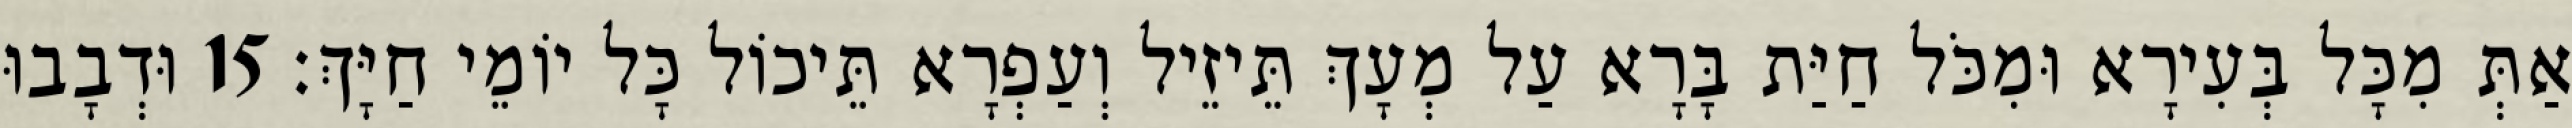
אַתְּ מִכָּל בְּעִירָא וּמִכֹּל חַיַּת בָּרָא עַל מְעָךְ תֵּיזֵיל וְעַפְרָא תֵּיכוֹל כָּל יוֹמֵי חַיָּךְ׃ 15 וּדְבָבוּ